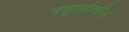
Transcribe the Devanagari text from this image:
नसूनदेखील